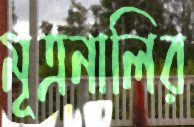
মূত্রনালির